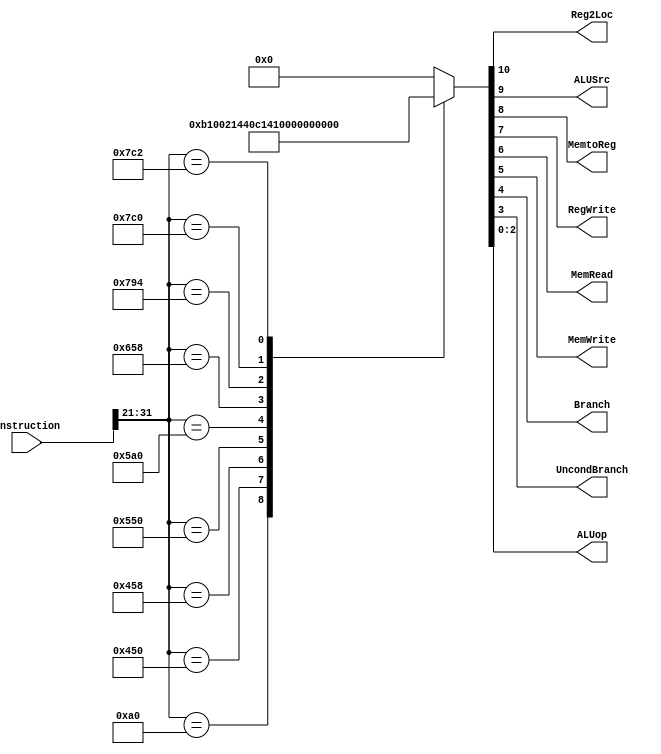
`timescale 1ns / 1ps
//////////////////////////////////////////////////////////////////////////////////
// Company: 
// Engineer: 
// 
// Design Name: 
// Module Name: Control
// Project Name: 
// Target Devices: 
// Tool Versions: 
// Description: 
// 
// Dependencies: 
// 
// Revision:
// Revision 0.01 - File Created
// Additional Comments:
// 
//////////////////////////////////////////////////////////////////////////////////


module Control(Instruction, Reg2Loc, ALUSrc, MemtoReg, RegWrite, MemRead, MemWrite, Branch, UncondBranch, ALUop);
    input [31:0] Instruction;
    output Reg2Loc, ALUSrc, MemtoReg, RegWrite, MemRead, MemWrite, Branch, UncondBranch;
    output [2:0] ALUop;
    
    parameter BRANCH = 11'b00010100000;
    parameter AND = 11'b10001010000;
    parameter ADD = 11'b10001011000;
    parameter ORR = 11'b10101010000;
    parameter CBNZ = 11'b10110100000;
    parameter SUB = 11'b11001011000;
    parameter MOVK = 11'b11110010100;
    parameter STUR = 11'b11111000000;
    parameter LDUR = 11'b11111000010;
    reg [10:0] signal;
    
    always@(*)
    begin
        case(Instruction[31:21])
            BRANCH: signal = 11'b00000001011;
            AND: signal = 11'b00010000000; 
            ADD: signal = 11'b00010000101;
            ORR: signal = 11'b00010000001;
            CBNZ: signal = 11'b10000010100;
            SUB: signal = 11'b00010000110;
            MOVK: signal = 11'b01010000111;
            STUR: signal = 11'b11000100101;
            LDUR: signal = 11'b01111000101;
            default: signal = 0;
            endcase
    end
    
    assign Reg2Loc = signal[10];
    assign ALUSrc = signal[9];
    assign MemtoReg = signal[8];
    assign RegWrite = signal[7];
    assign MemRead = signal[6];
    assign MemWrite = signal[5];
    assign Branch = signal[4];
    assign UncondBranch = signal[3];
    assign ALUop = signal[2:0];
    
endmodule